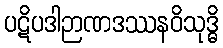
ပဋိပဒါဉာဏဒဿနဝိသုဒ္ဓိ